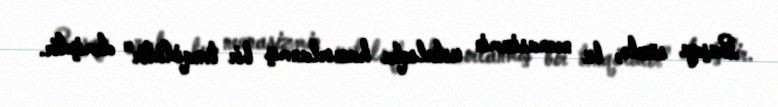
Başqa sözlə, bu neonasizmin ustalıqla hazırlanmış bir tənqididir" demişdir.